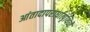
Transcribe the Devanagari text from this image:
आंतादापरार्धात्पृथिव्यै